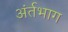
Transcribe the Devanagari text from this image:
अंर्तभाग